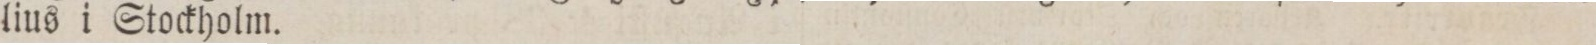
lius i Stockholm.